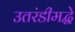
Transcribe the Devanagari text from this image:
उतरंडीमद्धे